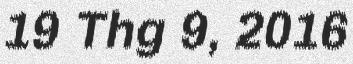
19 Thg 9, 2016